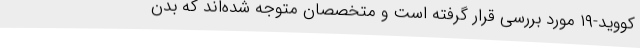
کووید-۱۹ مورد بررسی قرار گرفته است و متخصصان متوجه شده‌اند که بدن